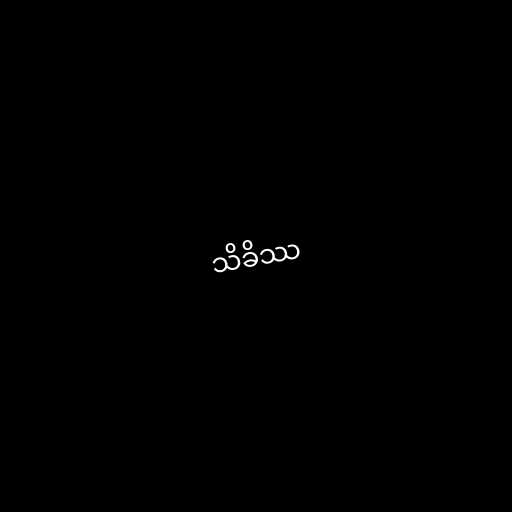
သိခိဿ